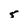
Character: 5